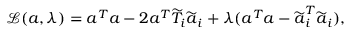
\mathcal { L } ( \boldsymbol { a } , \lambda ) = \boldsymbol { a } ^ { T } \boldsymbol { a } - 2 \boldsymbol { a } ^ { T } \widetilde { T } _ { i } \widetilde { \boldsymbol { a } } _ { i } + \lambda ( \boldsymbol { a } ^ { T } \boldsymbol { a } - \widetilde { \boldsymbol { a } } _ { i } ^ { T } \widetilde { \boldsymbol { a } } _ { i } ) ,